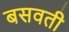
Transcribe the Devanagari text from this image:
बसवती